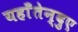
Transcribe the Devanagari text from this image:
यहाँतेन्दुए